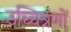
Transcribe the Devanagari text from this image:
उच्चित्रणों